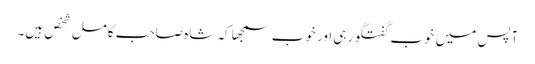
آپس میں خوب گفتگو رہی اور خوب سمجھا کہ شاہ صاحب کامل شخص ہیں۔